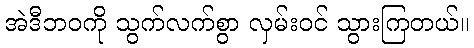
အဲဒီဘဝကို သွက်လက်စွာ လှမ်းဝင် သွားကြတယ်။